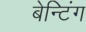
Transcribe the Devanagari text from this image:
बेन्टिंग